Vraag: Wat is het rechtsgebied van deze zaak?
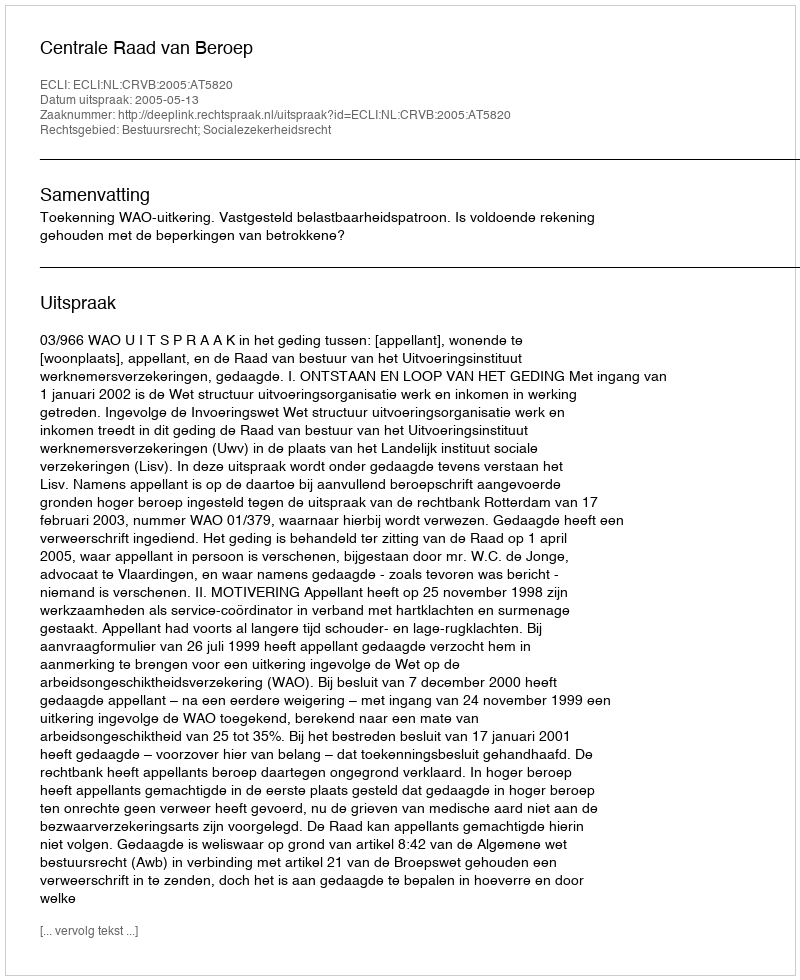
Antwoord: Bestuursrecht; Socialezekerheidsrecht